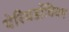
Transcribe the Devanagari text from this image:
पेरियडोंथियम